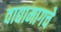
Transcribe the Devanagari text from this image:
वाद्यामागचे